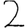
Digit: 2